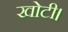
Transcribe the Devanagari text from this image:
खोटी।